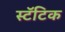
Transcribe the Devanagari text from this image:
स्टॅटिक